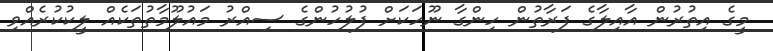
މީގެ އިތުރުން އާއިލާގެ ފަރާތުން ހިންގާ ނޫހަކަށް ފުލުހުންގެ ސިއްރު މައުލޫމާތުތަކެއް ލީކުކުރެއްވި